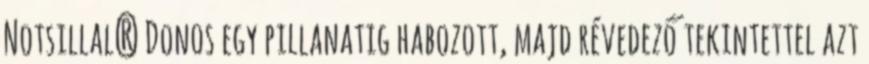
Notsillal? Donos egy pillanatig habozott, majd révedező tekintettel azt